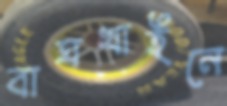
বাঘখাইনে